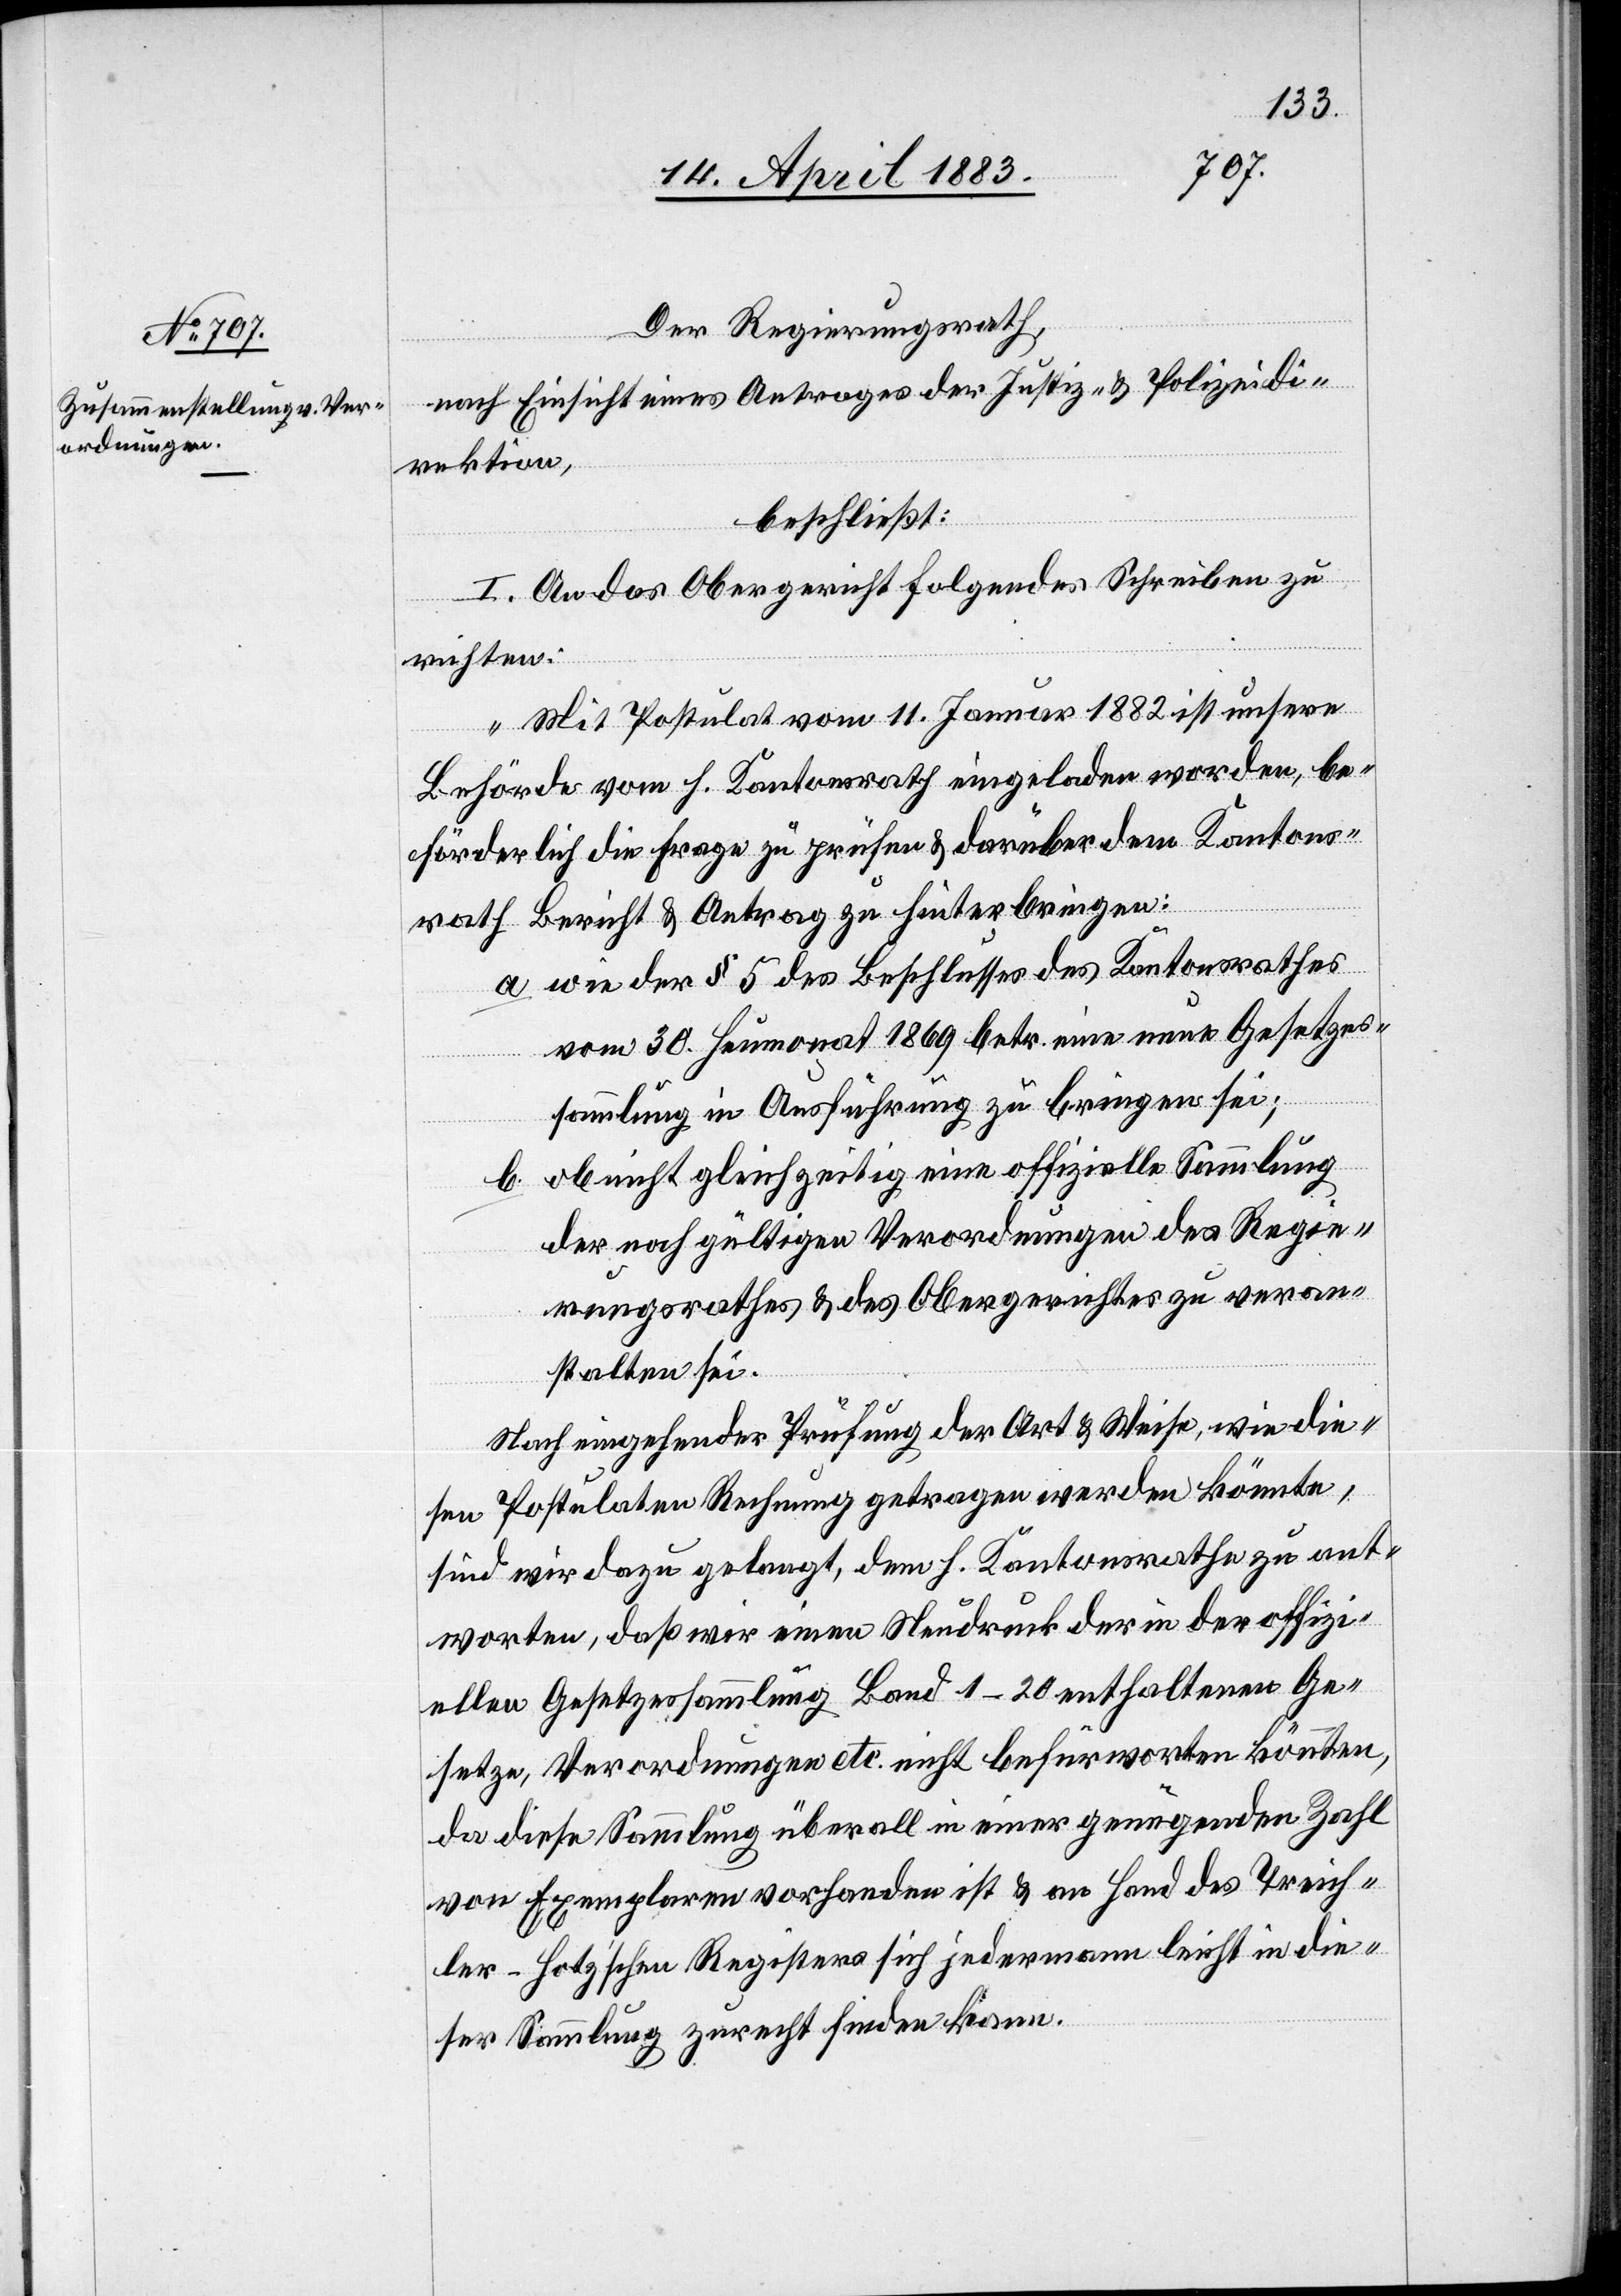
Der Regierungsrath,
nach Einsicht eines Antrages der Justiz- & Polizeidi¬
rektion,
beschließt:
I. An das Obergericht folgendes Schreiben zu
richten:
„Mit Postulat vom 11. Januar 1882 ist unsere
Behörde vom h. Kantonsrath eingeladen worden, be¬
förderlich die Frage zu prüfen & darüber dem Kantons¬
rath Bericht & Antrag zu hinterbringen:
a. wie der § 5 des Beschlusses des Kantonsrathes
vom 30. Heumonat 1869 betr. eine neue Gesetzes¬
sammlung in Ausführung zu bringen sei;
b. ob nicht gleichzeitig eine offizielle Sammlung
der noch gültigen Verordnungen des Regie¬
rungsrathes & des Obergerichtes zu veran¬
stalten sei.
Nach eingehender Prüfung der Art & Weise, wie die¬
sen Postulaten Rechnung getragen werden könnte,
sind wir dazu gelangt, dem h. Kantonsrathe zu ant¬
worten, daß wir einen Neudruck der in der offizi¬
ellen Gesetzessammlung Band 1–20 enthaltenen Ge¬
setze, Verordnungen etc. nicht befürworten könnten,
da diese Sammlung überall in einer genügenden Zahl
von Exemplaren vorhanden ist & an Hand des Treich¬
ler-Hotz’schen Registers sich jedermann leicht in die¬
ser Sammlung zurecht finden kann.